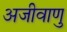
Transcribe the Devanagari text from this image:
अजीवाणु